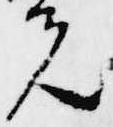
先